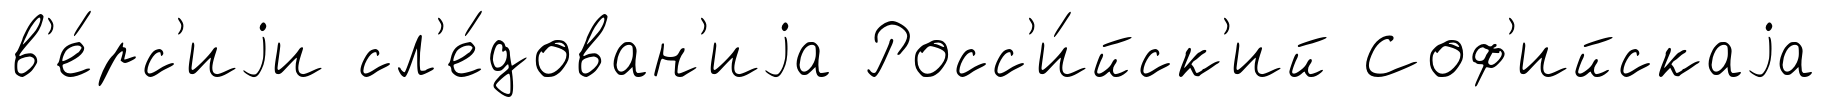
в'е́рс'иjи сл'е́дован'иjа Росс'и́йск'ий Соф'ийскаjа